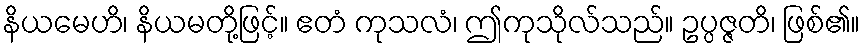
နိယမေဟိ၊ နိယမတို့ဖြင့်။ ဧတံ ကုသလံ၊ ဤကုသိုလ်သည်။ ဥပ္ပဇ္ဇတိ၊ ဖြစ်၏။